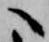
へ